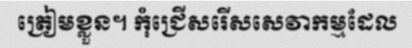
ត្រៀមខ្លួន។ កុំជ្រើសរើសសេវាកម្មដែល